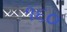
૧૬૦